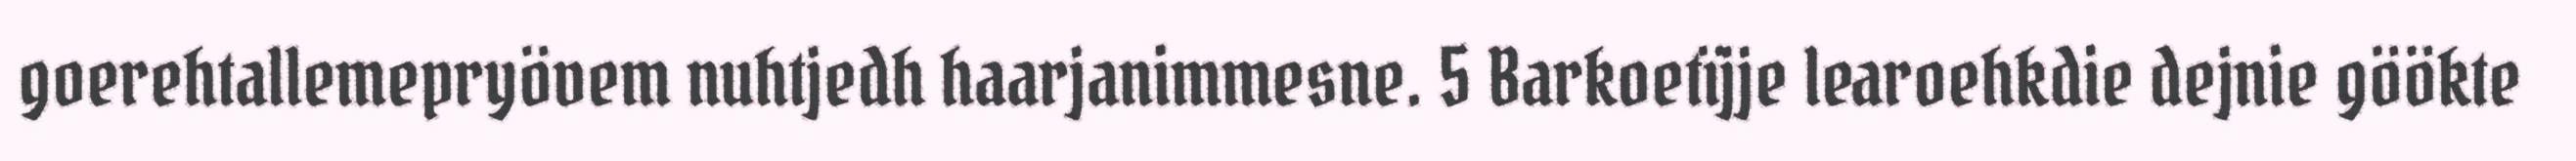
goerehtallemepryövem nuhtjedh haarjanimmesne. 5 Barkoetïjje learoehkdie dejnie göökte